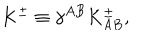
LaTeX: K ^ { \pm } \equiv \gamma ^ { A B } K _ { A B } ^ { \pm } ,